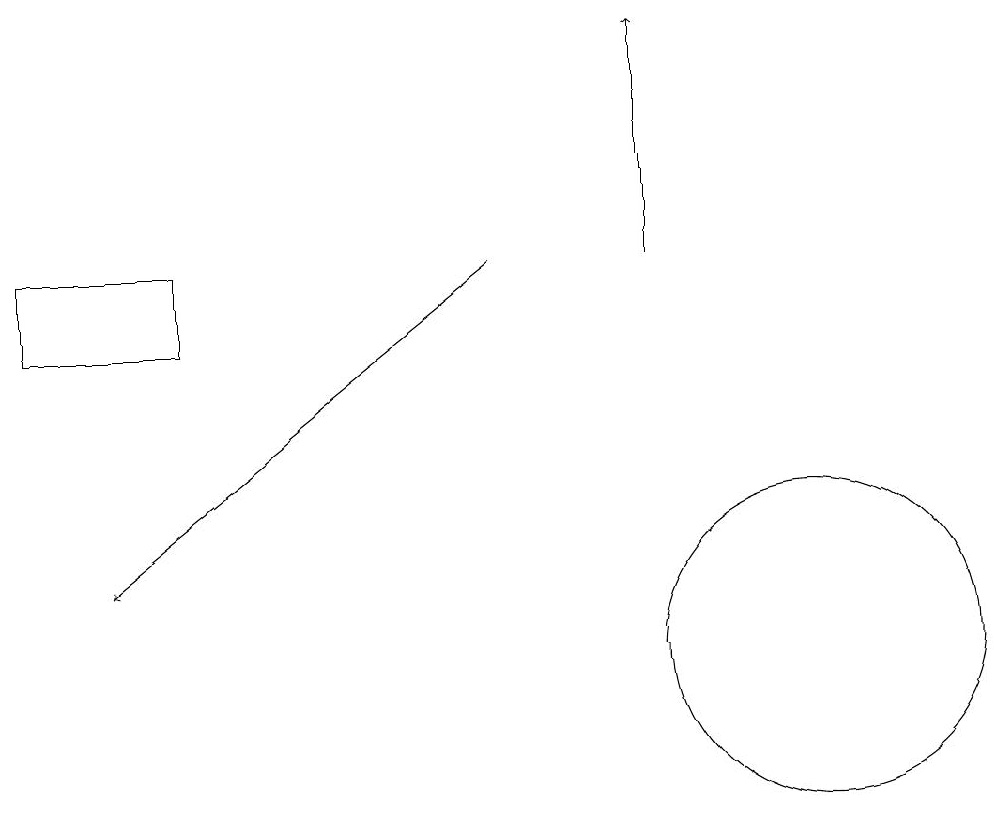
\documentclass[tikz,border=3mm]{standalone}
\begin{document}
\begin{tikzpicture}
\draw[->] (7,15) -- (2,11);
\draw[->] (9,15) -- (9,18);
\draw (1,15) rectangle (3,14);
\draw (11,10) circle (2);
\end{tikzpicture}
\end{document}